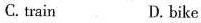
C. train D. bike